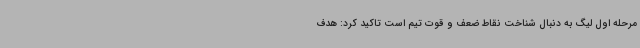
مرحله اول لیگ به دنبال شناخت نقاط ضعف و قوت تیم است تاکید کرد: هدف